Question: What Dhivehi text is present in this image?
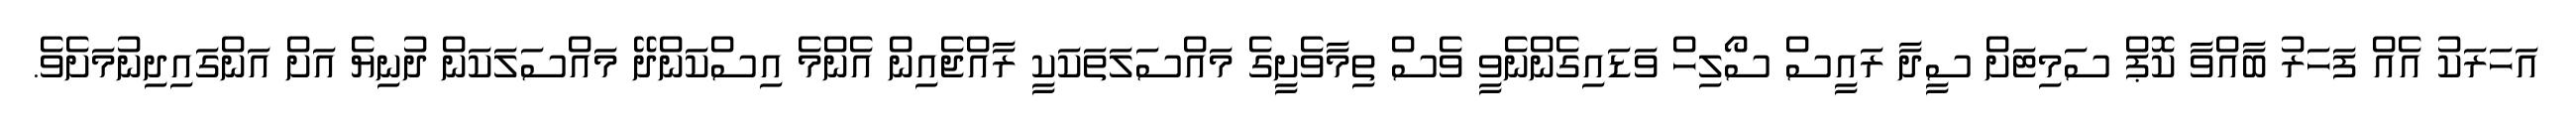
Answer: އަހަރަކު އެއް ފަހަރު ބާއްވާ ކޮޕް ސަމިޓަށް ސީދާ ރައީސް ސޯލިހް ވަޑައިގެންނެވީ ވެސް ތިމާވެށީގެ މައްސަލަތަކަކީ ރާއްޖެއިން އެންމެ އިސްކަންދޭ މައްސަލަކަން ދުނިޔެ އަށް އަންގައިދިނުމަށެވެ.